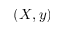
( X , y )